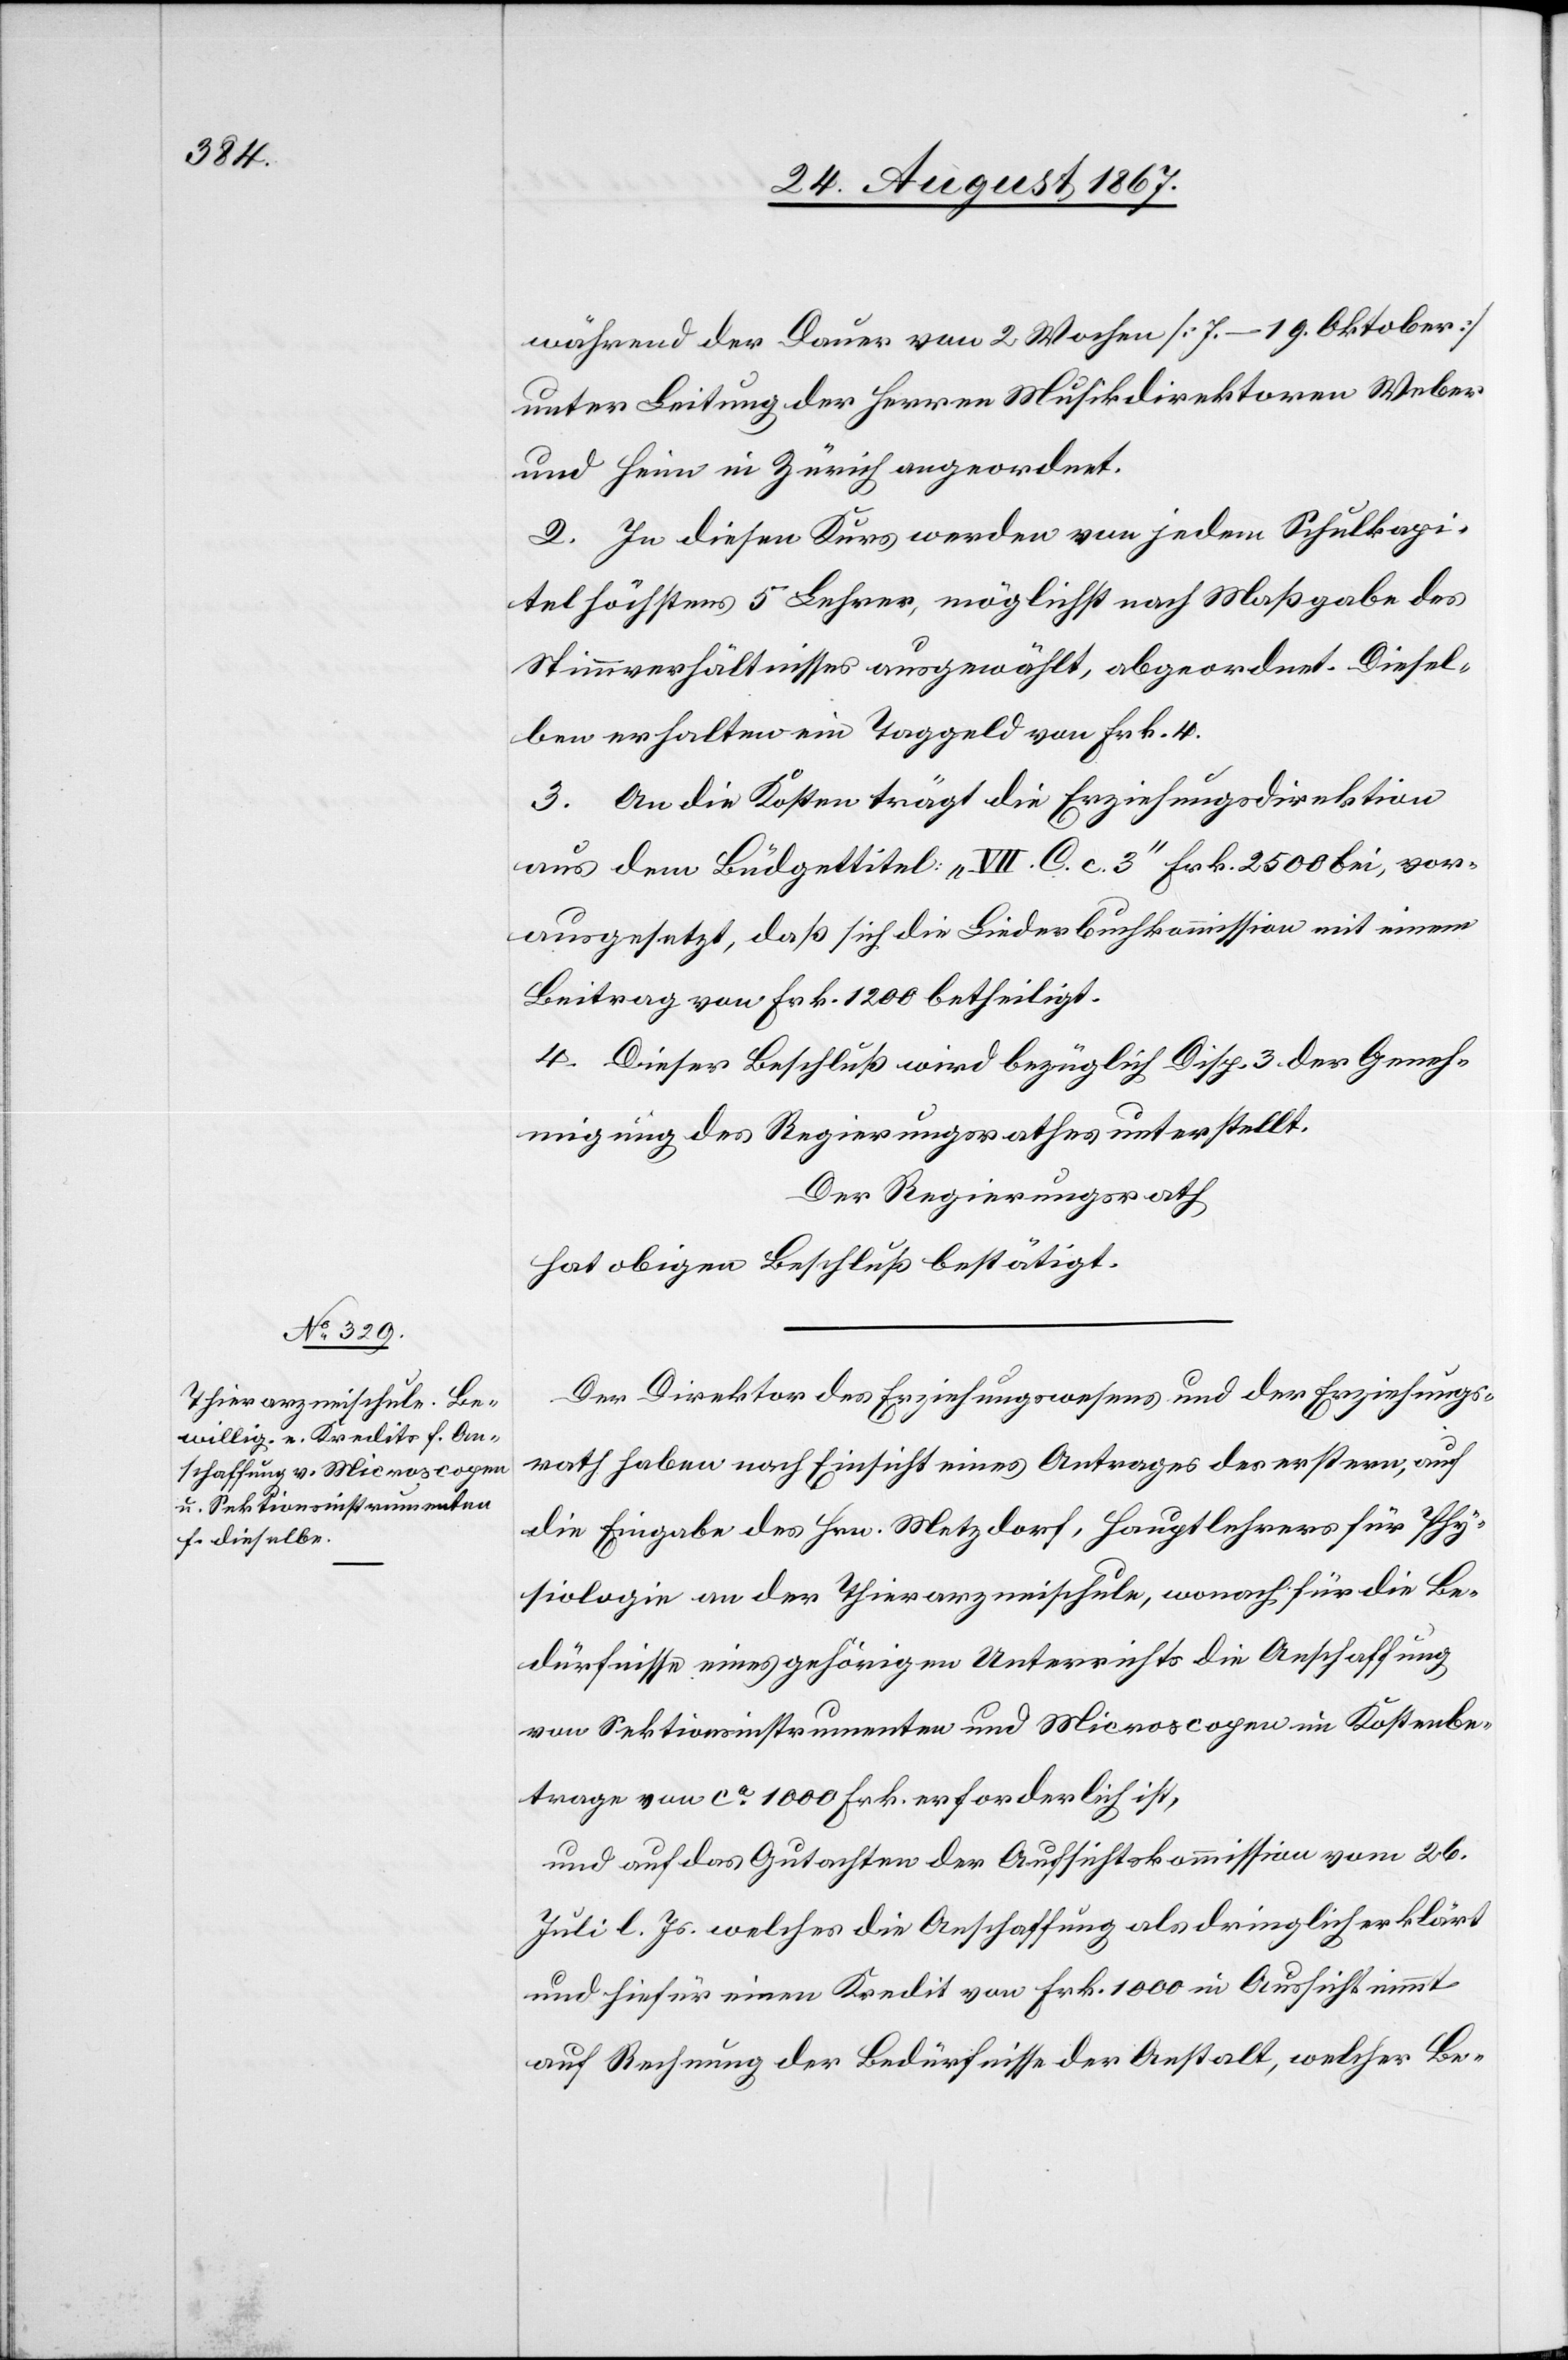
während der Dauer von 2 Wochen [7.–19. Oktober]
unter Leitung der Herren Musikdirektoren Weber
und Heim in Zürich angeordnet.
2. In diesen Kurs werden von jedem Schulkapi¬
tel höchstens 5 Lehrer, möglichst nach Maßgabe des
Stimmverhältnisses ausgewählt, abgeordnet. Diesel¬
ben erhalten ein Taggeld von Frk. 4.
3. An die Kosten trägt die Erziehungsdirektion
aus dem Büdgettitel „VII. C. c. 3“ Frk. 2500 bei, vor¬
ausgesetzt, daß sich die Liederbuchkommission mit einem
Beitrag von Frk. 1200 betheiligt.
4. Dieser Beschluß wird bezüglich Disp. 3 der Geneh¬
migung des Regierungsrathes unterstellt.
Der Regierungsrath,
hat obigen Beschluß bestätigt.
Der Direktor des Erziehungswesens und der Erziehungs¬
rath haben nach Einsicht eines Antrages des erstern, auf
die Eingabe des Hrn. Metzdorf, Hauptlehrers für Phy¬
siologie an der Thierarzneischule, wonach für die Be¬
dürfnisse eines gehörigen Unterrichts die Anschaffung
von Sektionsinstrumenten und Microscopen im Kostenbe¬
trage von ca. 1000 Frk. erforderlich ist,
und auf das Gutachten der Aufsichtskommission vom 26.
Juli l. Js. welches die Anschaffung als dringlich erklärt
und hiefür einen Kredit von Frk. 1000 in Aussicht nimmt
auf Rechnung der Bedürfnisse der Anstalt, welcher Be-